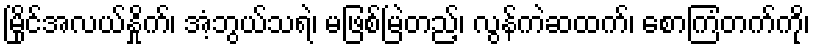
မြိုင်အလယ်နှိုက်၊ အံ့ဘွယ်သရဲ၊ မဖြစ်မြဲတည့်၊ လွန်ကဲဆထက်၊ စောကြံတက်ကို၊